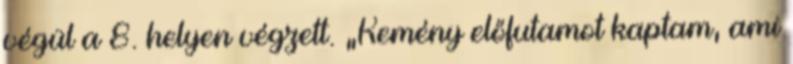
végül a 8. helyen végzett. „Kemény előfutamot kaptam, ami